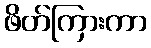
ဖိတ်ကြားကာ